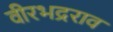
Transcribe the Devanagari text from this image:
वीरभद्रराव